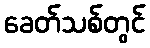
ခေတ်သစ်တွင်